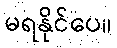
မရနိုင်ပေ။